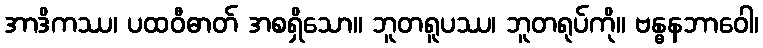
အာဒိကဿ၊ ပထဝီဓာတ် အစရှိသော။ ဘူတရူပဿ၊ ဘူတရုပ်ကို။ ဗန္ဓနဘာဝေါ၊